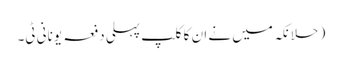
( حلانکہ میں نے ان کا کلپ پہلی دفعہ یونانی ٹی۔